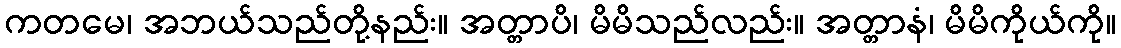
ကတမေ၊ အဘယ်သည်တို့နည်း။ အတ္တာပိ၊ မိမိသည်လည်း။ အတ္တာနံ၊ မိမိကိုယ်ကို။